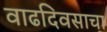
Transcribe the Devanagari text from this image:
वाढदिवसाचा